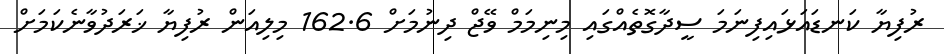
ރުފިޔާ ކަނޑައަޅައިފިނަމަ ސީދާގޮތެއްގައި މިނިމަމް ވޭޖް ދިނުމަށް 162.6 މިލިއަން ރުފިޔާ ޚަރަދުވާނެކަމަށް